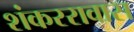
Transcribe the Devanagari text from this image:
शंकररावास